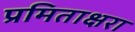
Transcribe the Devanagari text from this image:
प्रमिताक्षरा